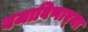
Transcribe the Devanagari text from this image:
बजाविणार्‍या